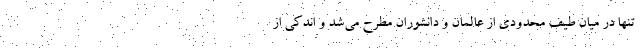
تنها در میان طیف محدودی از عالمان و دانشوران مطرح می‌شد و اندکی از